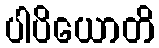
ပါပိယောတိ